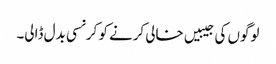
لوگوں کی جیبیں خالی کرنے کو کرنسی بدل ڈالی۔